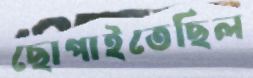
ছোপাইতেছিল